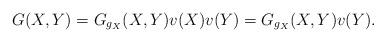
LaTeX: \begin{align*}G(X,Y) =G_{g_{X} }(X,Y) v(X)v(Y)=G_{g_{X} }(X,Y) v(Y).\end{align*}